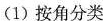
(1)按角分类